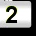
Digit: 2